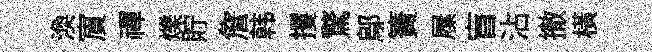
渙賔禪爍貯詹韩攫驚鄔簀屧盲沾撤橫